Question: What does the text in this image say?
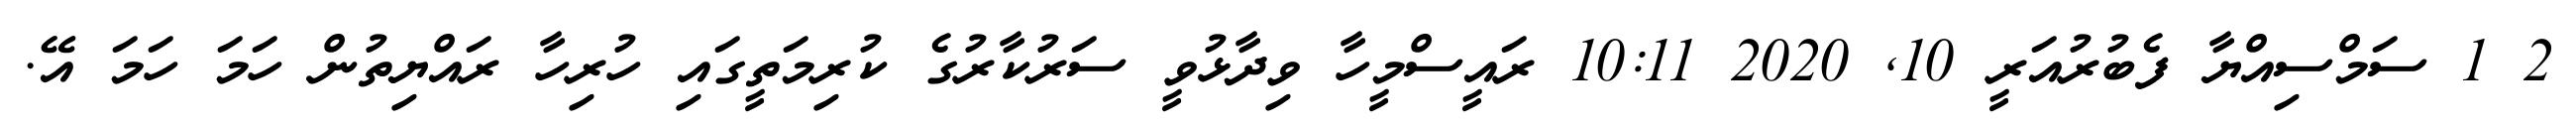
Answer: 2 1 ސަމްސިއްޔާ ފެބުރުއަރީ 10, 2020 10:11 ރައީސްމީހާ ވިދާޅުވީ ސަރުކާރުގެ ކުރިމަތީގައި ހުރިހާ ރައްޔިތުން ހަމަ ހަމަ އޭ.